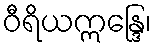
ဝီရိယဣန္ဒြေ၊